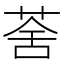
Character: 𦲧